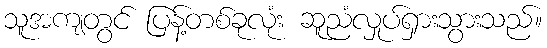
သူအကျတွင် ပြန့်တစ်ခုလုံး ဆူညံလှုပ်ရှားသွားသည်။